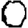
Digit: 0